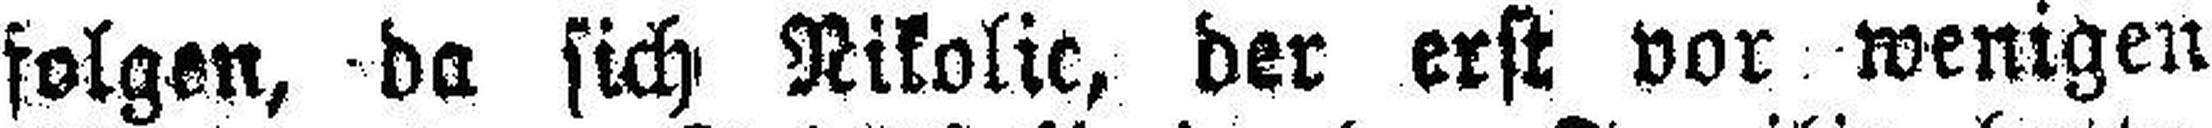
folgen, da sich Nikolic, der erst vor wenigen